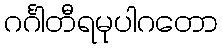
ဂင်္ဂါတီရမုပါဂတော